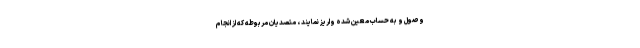
وصول و به حساب معین شده واریز نمایند ، متصدیان مربوطه که از انجام